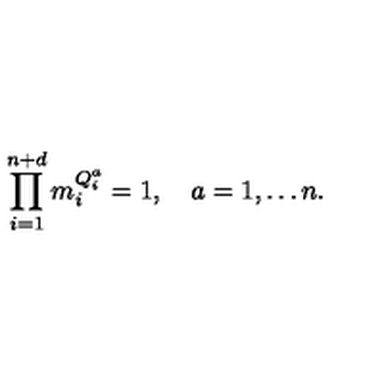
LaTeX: \prod _ { i = 1 } ^ { n + d } m _ { i } ^ { Q _ { i } ^ { a } } = 1 , \quad a = 1 , \ldots n .